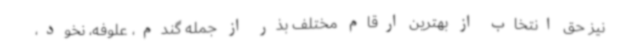
نیز حق انتخاب از بهترین ارقام مختلف بذر از جمله گندم، علوفه، نخود،